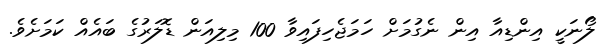
ލޯނަކީ އިންޑިއާ އިން ނެގުމަށް ހަމަޖެހިފައިވާ 100 މިލިއަން ޑޮލަރުގެ ބައެއް ކަމަށެވެ.